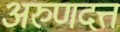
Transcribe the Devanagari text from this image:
अरुणदत्त